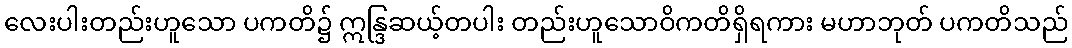
လေးပါးတည်းဟူသော ပကတိ၌ ဣန္ဒြဆယ့်တပါး တည်းဟူသောဝိကတိရှိရကား မဟာဘုတ် ပကတိသည်